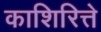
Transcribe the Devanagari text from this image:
काशिरित्ते